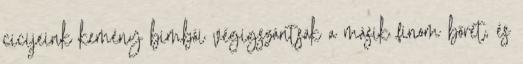
cicijeink kemény bimbói végigszántsák a másik finom bőrét, és